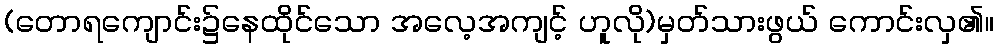
(တောရကျောင်း၌နေထိုင်သော အလေ့အကျင့် ဟူလို)မှတ်သားဖွယ် ကောင်းလှ၏။